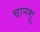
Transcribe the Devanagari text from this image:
चान्ग्शू